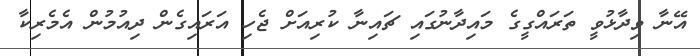
އޭނާ ވިދާޅުވީ ތަރައްގީގެ މައިދާނުގައި ޗައިނާ ކުރިއަށް ޖެހި އަރައިގެން ދިއުމުން އެމެރިކާ